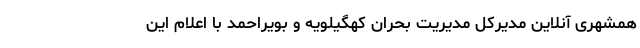
همشهری آنلاین مدیرکل مدیریت بحران کهگیلویه‌ و بویراحمد با اعلام این